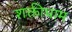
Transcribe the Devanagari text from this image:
शक्तीधाम